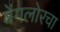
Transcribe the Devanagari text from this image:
बेंगलोरचा